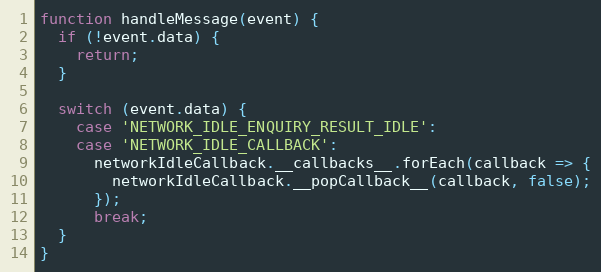
Language: JavaScript
function handleMessage(event) {
  if (!event.data) {
    return;
  }

  switch (event.data) {
    case 'NETWORK_IDLE_ENQUIRY_RESULT_IDLE':
    case 'NETWORK_IDLE_CALLBACK':
      networkIdleCallback.__callbacks__.forEach(callback => {
        networkIdleCallback.__popCallback__(callback, false);
      });
      break;
  }
}